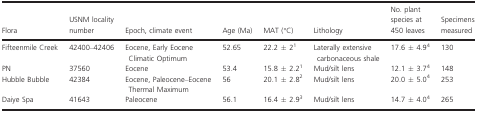
| Flora | USNM locality number | Epoch, climate event | Age (Ma) | MAT (°C) | Lithology | No. plant species at 450 leaves | Specimens measured |
 | --- | --- | --- | --- | --- | --- | --- | --- |
 | Fifteenmile Creek | 42400–42406 | Eocene, Early Eocene Climatic Optimum | 52.65 | 22.2 ± 2a | Laterally extensive carbonaceous shale | 17.6 ± 4.9d | 130 |
 | PN | 37560 | Eocene | 53.4 | 15.8 ± 2.2a | Mud/silt lens | 12.1 ± 3.7d | 148 |
 | Hubble Bubble | 42384 | Eocene, Paleocene–Eocene Thermal Maximum | 56 | 20.1 ± 2.8b | Mud/silt lens | 20.0 ± 5.0d | 253 |
 | Daiye Spa | 41643 | Paleocene | 56.1 | 16.4 ± 2.9c | Mud/silt lens | 14.7 ± 4.0d | 265 |